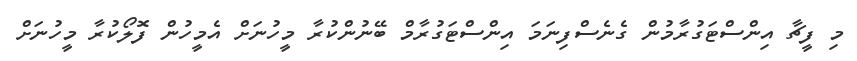
މި ފީޗާ އިންސްޓަގުރާމުން ގެނެސްފިނަމަ އިންސްޓަގުރާމް ބޭނުންކުރާ މީހުނަށް އެމީހުން ފޮލޯކުރާ މީހުނަށް